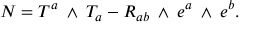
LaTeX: N = T ^ { a } \mathrm { \tiny ~ \wedge ~ } T _ { a } - R _ { a b } \mathrm { \tiny ~ \wedge ~ } e ^ { a } \mathrm { \tiny ~ \wedge ~ } e ^ { b } .